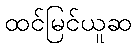
ထင်မြင်ယူဆ